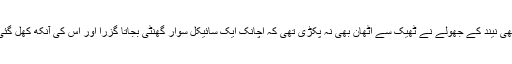
ابھی نیند کے جھولے نے ٹھیک سے اٹھان بھی نہ پکڑی تھی کہ اچانک ایک سائیکل سوار گھنٹی بجاتا گزرا اور اس کی آنکھ کھل گئی۔